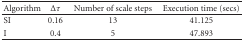
<table><thead><tr><td><b> Algorithm</b></td><td><b>Δ<i>τ</i></b></td><td><b> Number of scale steps</b></td><td><b> Execution time (secs)</b></td></tr></thead><tbody><tr><td> SI</td><td> 0.16</td><td> 13</td><td> 41.125</td></tr><tr><td>I</td><td> 0.4</td><td> 5</td><td> 47.893</td></tr></tbody></table>